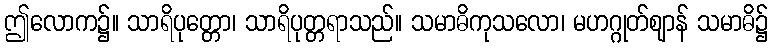
ဤလောက၌။ သာရိပုတ္တော၊ သာရိပုတ္တရာသည်။ သမာဓိကုသလော၊ မဟဂ္ဂုတ်ဈာန် သမာဓိ၌